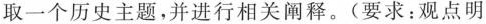
取一个历史主题，并进行相关阐释。(要求：观点明